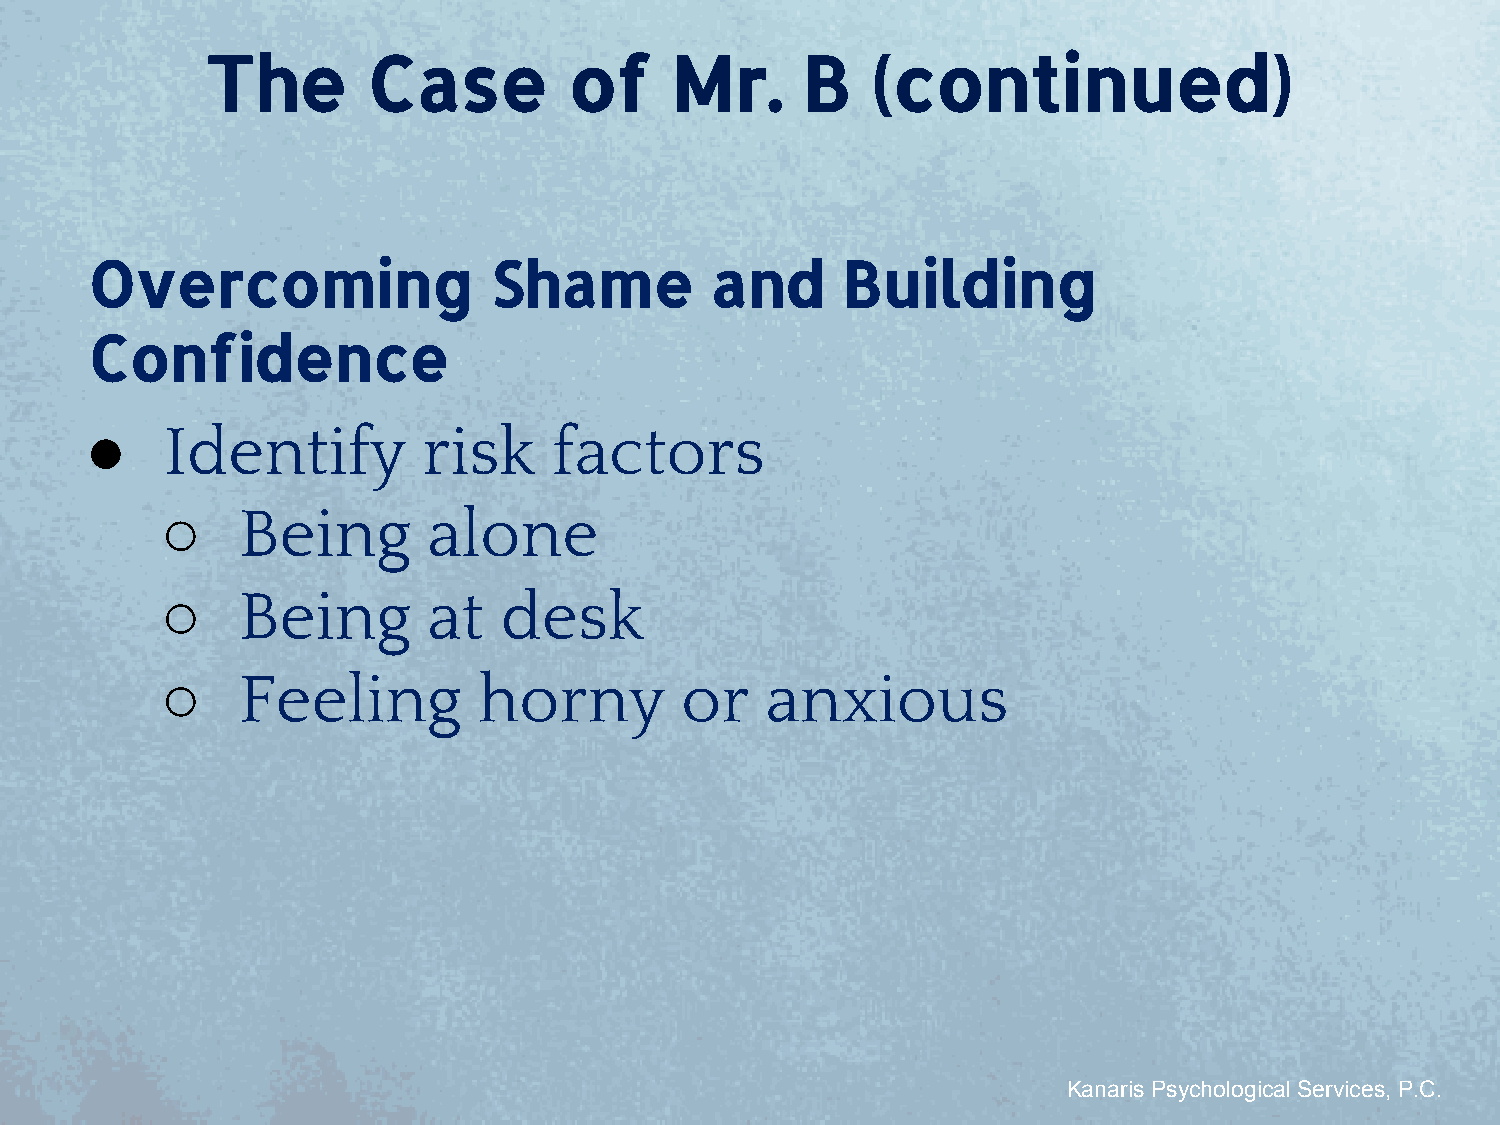
The       Case          of    Mr.      B    (continued)
 Overcoming                 Shame         and      Building
 Confidence
 ●    Identify         risk     factors
 ○    Being       alone
 ○    Being       at   desk
 ○    Feeling         horny        or    anxious
 Kanaris Psychological Services, P.C.